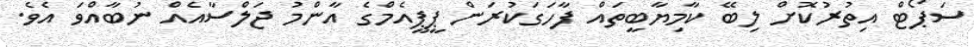
ސަޕޯޓް އިތުރުކޮށް ލިބޭ ކާމިޔާބީތައް ފާހަގަކުރަން ޕީޕީއެމްގެ އާންމު ޖަލްސާއެއް ނުބާއްވަ އެވެ.